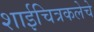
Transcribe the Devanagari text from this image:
शाईचित्रकलेचे